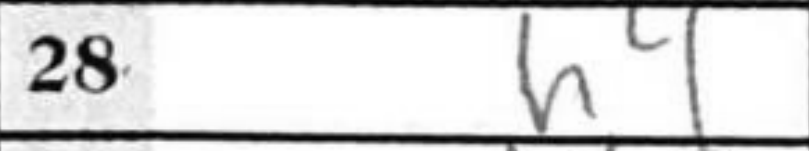
Transcription: h4